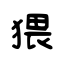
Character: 猥